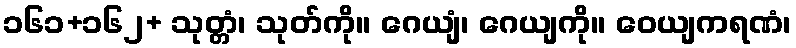
၁၆၁+၁၆၂+ သုတ္တံ၊ သုတ်ကို။ ဂေယျံ၊ ဂေယျကို။ ဝေယျကရဏံ၊